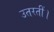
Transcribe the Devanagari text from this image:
उतरतीं।